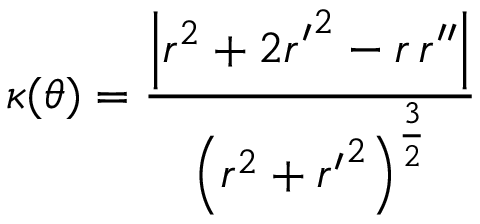
\kappa ( \theta ) = { \frac { \left| r ^ { 2 } + 2 { r ^ { \prime } } ^ { 2 } - r \, r ^ { \prime \prime } \right| } { \left( r ^ { 2 } + { r ^ { \prime } } ^ { 2 } \right) ^ { \frac { 3 } { 2 } } } }